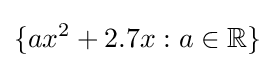
\{ax^{2}+2.7x:a\in \mathbb {R} \}